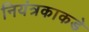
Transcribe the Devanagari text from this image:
नियंत्रकाकडे